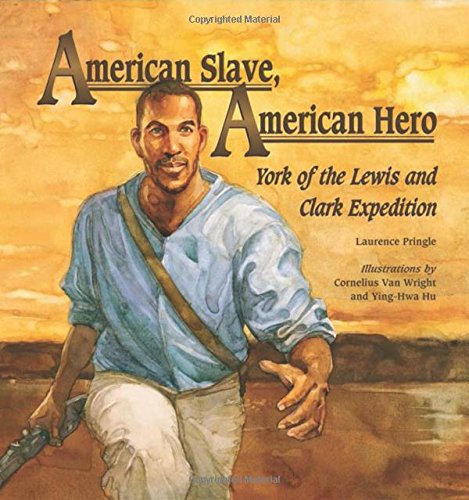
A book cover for American Slave, American Hero: York of the Lewis and Clark Expedition; Laurence Pringle; Children's Books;